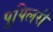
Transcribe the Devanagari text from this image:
पुपिलरी